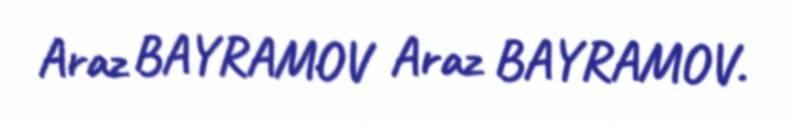
Araz BAYRAMOV Araz BAYRAMOV.